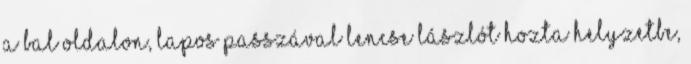
a bal oldalon, lapos passzával Lencse Lászlót hozta helyzetbe,